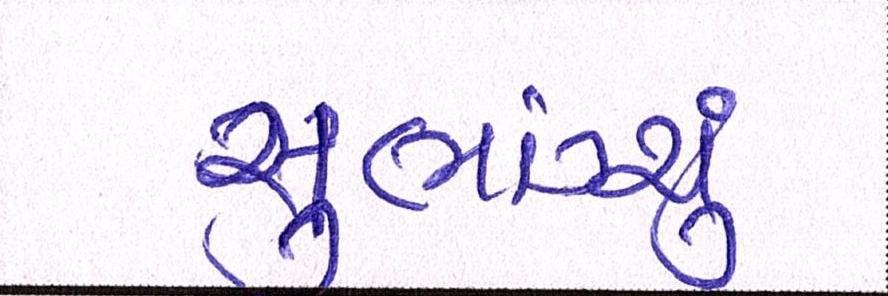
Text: સુભ્રાંગ્શુ